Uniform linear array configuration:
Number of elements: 24
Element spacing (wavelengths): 0.5
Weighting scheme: binomial
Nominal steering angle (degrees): -45
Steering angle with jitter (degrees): -46.454
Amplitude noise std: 0.05
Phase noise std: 0.05

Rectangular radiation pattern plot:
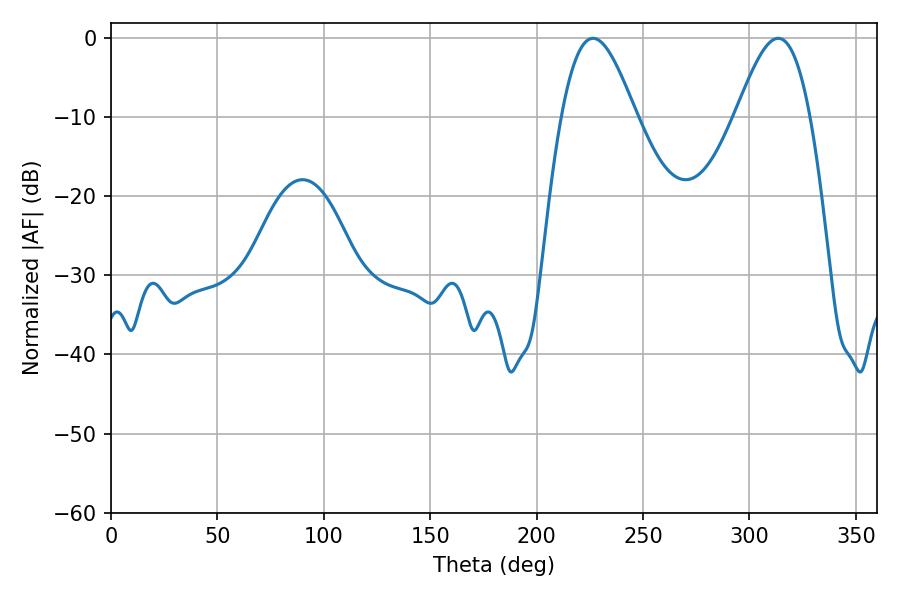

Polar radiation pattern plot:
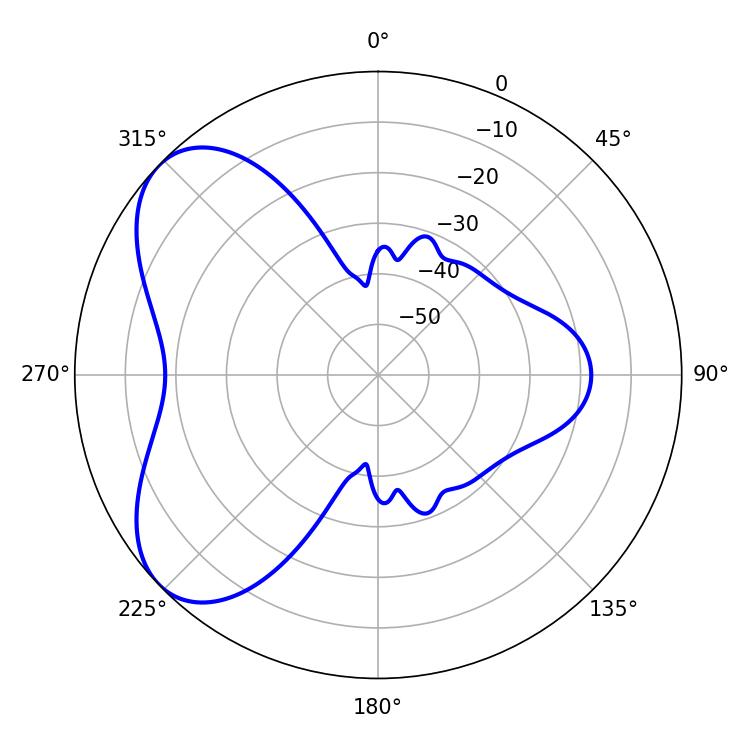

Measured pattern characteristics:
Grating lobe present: FALSE
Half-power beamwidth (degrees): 18.72
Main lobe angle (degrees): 226.44